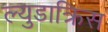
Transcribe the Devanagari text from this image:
ल्युडाक्रिस